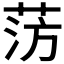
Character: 𫈊